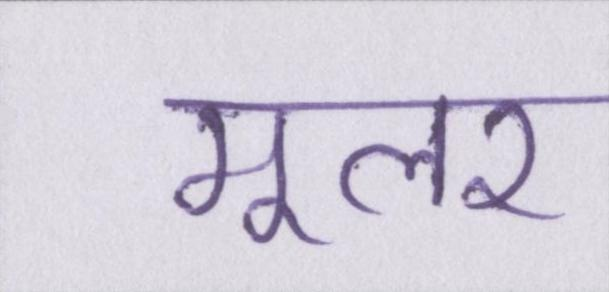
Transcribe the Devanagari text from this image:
मूलर